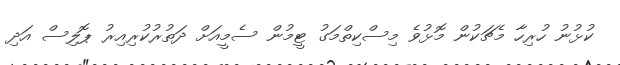
ކުޅުނު ހުރިހާ މެޗަކުން މޮޅުވެ މިސްކިތްމަގު ޓީމުން ސެމީއަށް ދަތުރުކުރިއިރު ޕޮލިސް އަދި